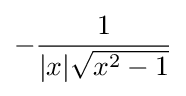
-{\frac {1}{|x|{\sqrt {x^{2}-1}}}}